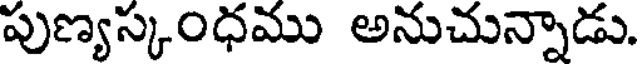
పుణ్యస్కంధము అనుచున్నాడు.